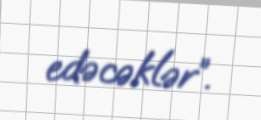
edəcəklər”.